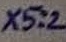
Text: X5:2